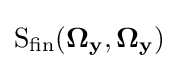
{\text{S}}_{\text{fin}}(\mathbf {\Omega _{y}} ,\mathbf {\Omega _{y}} )